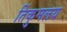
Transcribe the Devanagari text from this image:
तिंकुमलय